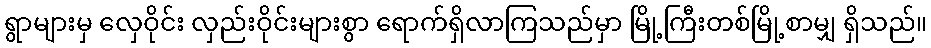
ရွာများမှ လှေဝိုင်း လှည်းဝိုင်းများစွာ ရောက်ရှိလာကြသည်မှာ မြို့ကြီးတစ်မြို့စာမျှ ရှိသည်။